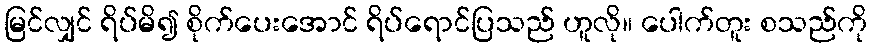
မြင်လျှင် ရိပ်မိ၍ စိုက်ပေးအောင် ရိပ်ရောင်ပြသည် ဟူလို။ ပေါက်တူး စသည်ကို